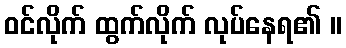
ဝင်လိုက် ထွက်လိုက် လုပ်နေရ၏ ။